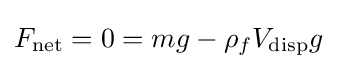
F_{\text{net}}=0=mg-\rho _{f}V_{\text{disp}}g